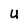
Character: U